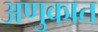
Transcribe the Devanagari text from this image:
अणुकात